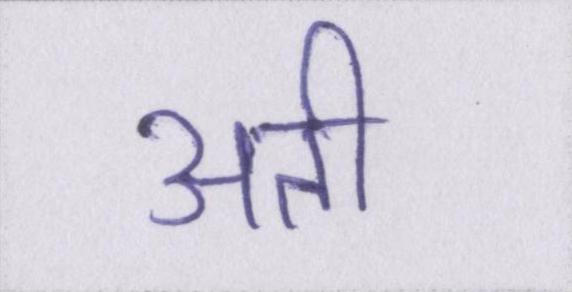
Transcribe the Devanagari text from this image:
अती